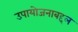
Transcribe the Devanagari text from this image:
उपायोजनाबद्दल